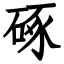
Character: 硺